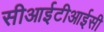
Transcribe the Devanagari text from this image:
सीआईटीआईसी